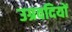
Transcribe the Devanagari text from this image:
उग्रवदियों